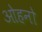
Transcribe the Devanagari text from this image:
ओहनो